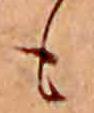
も